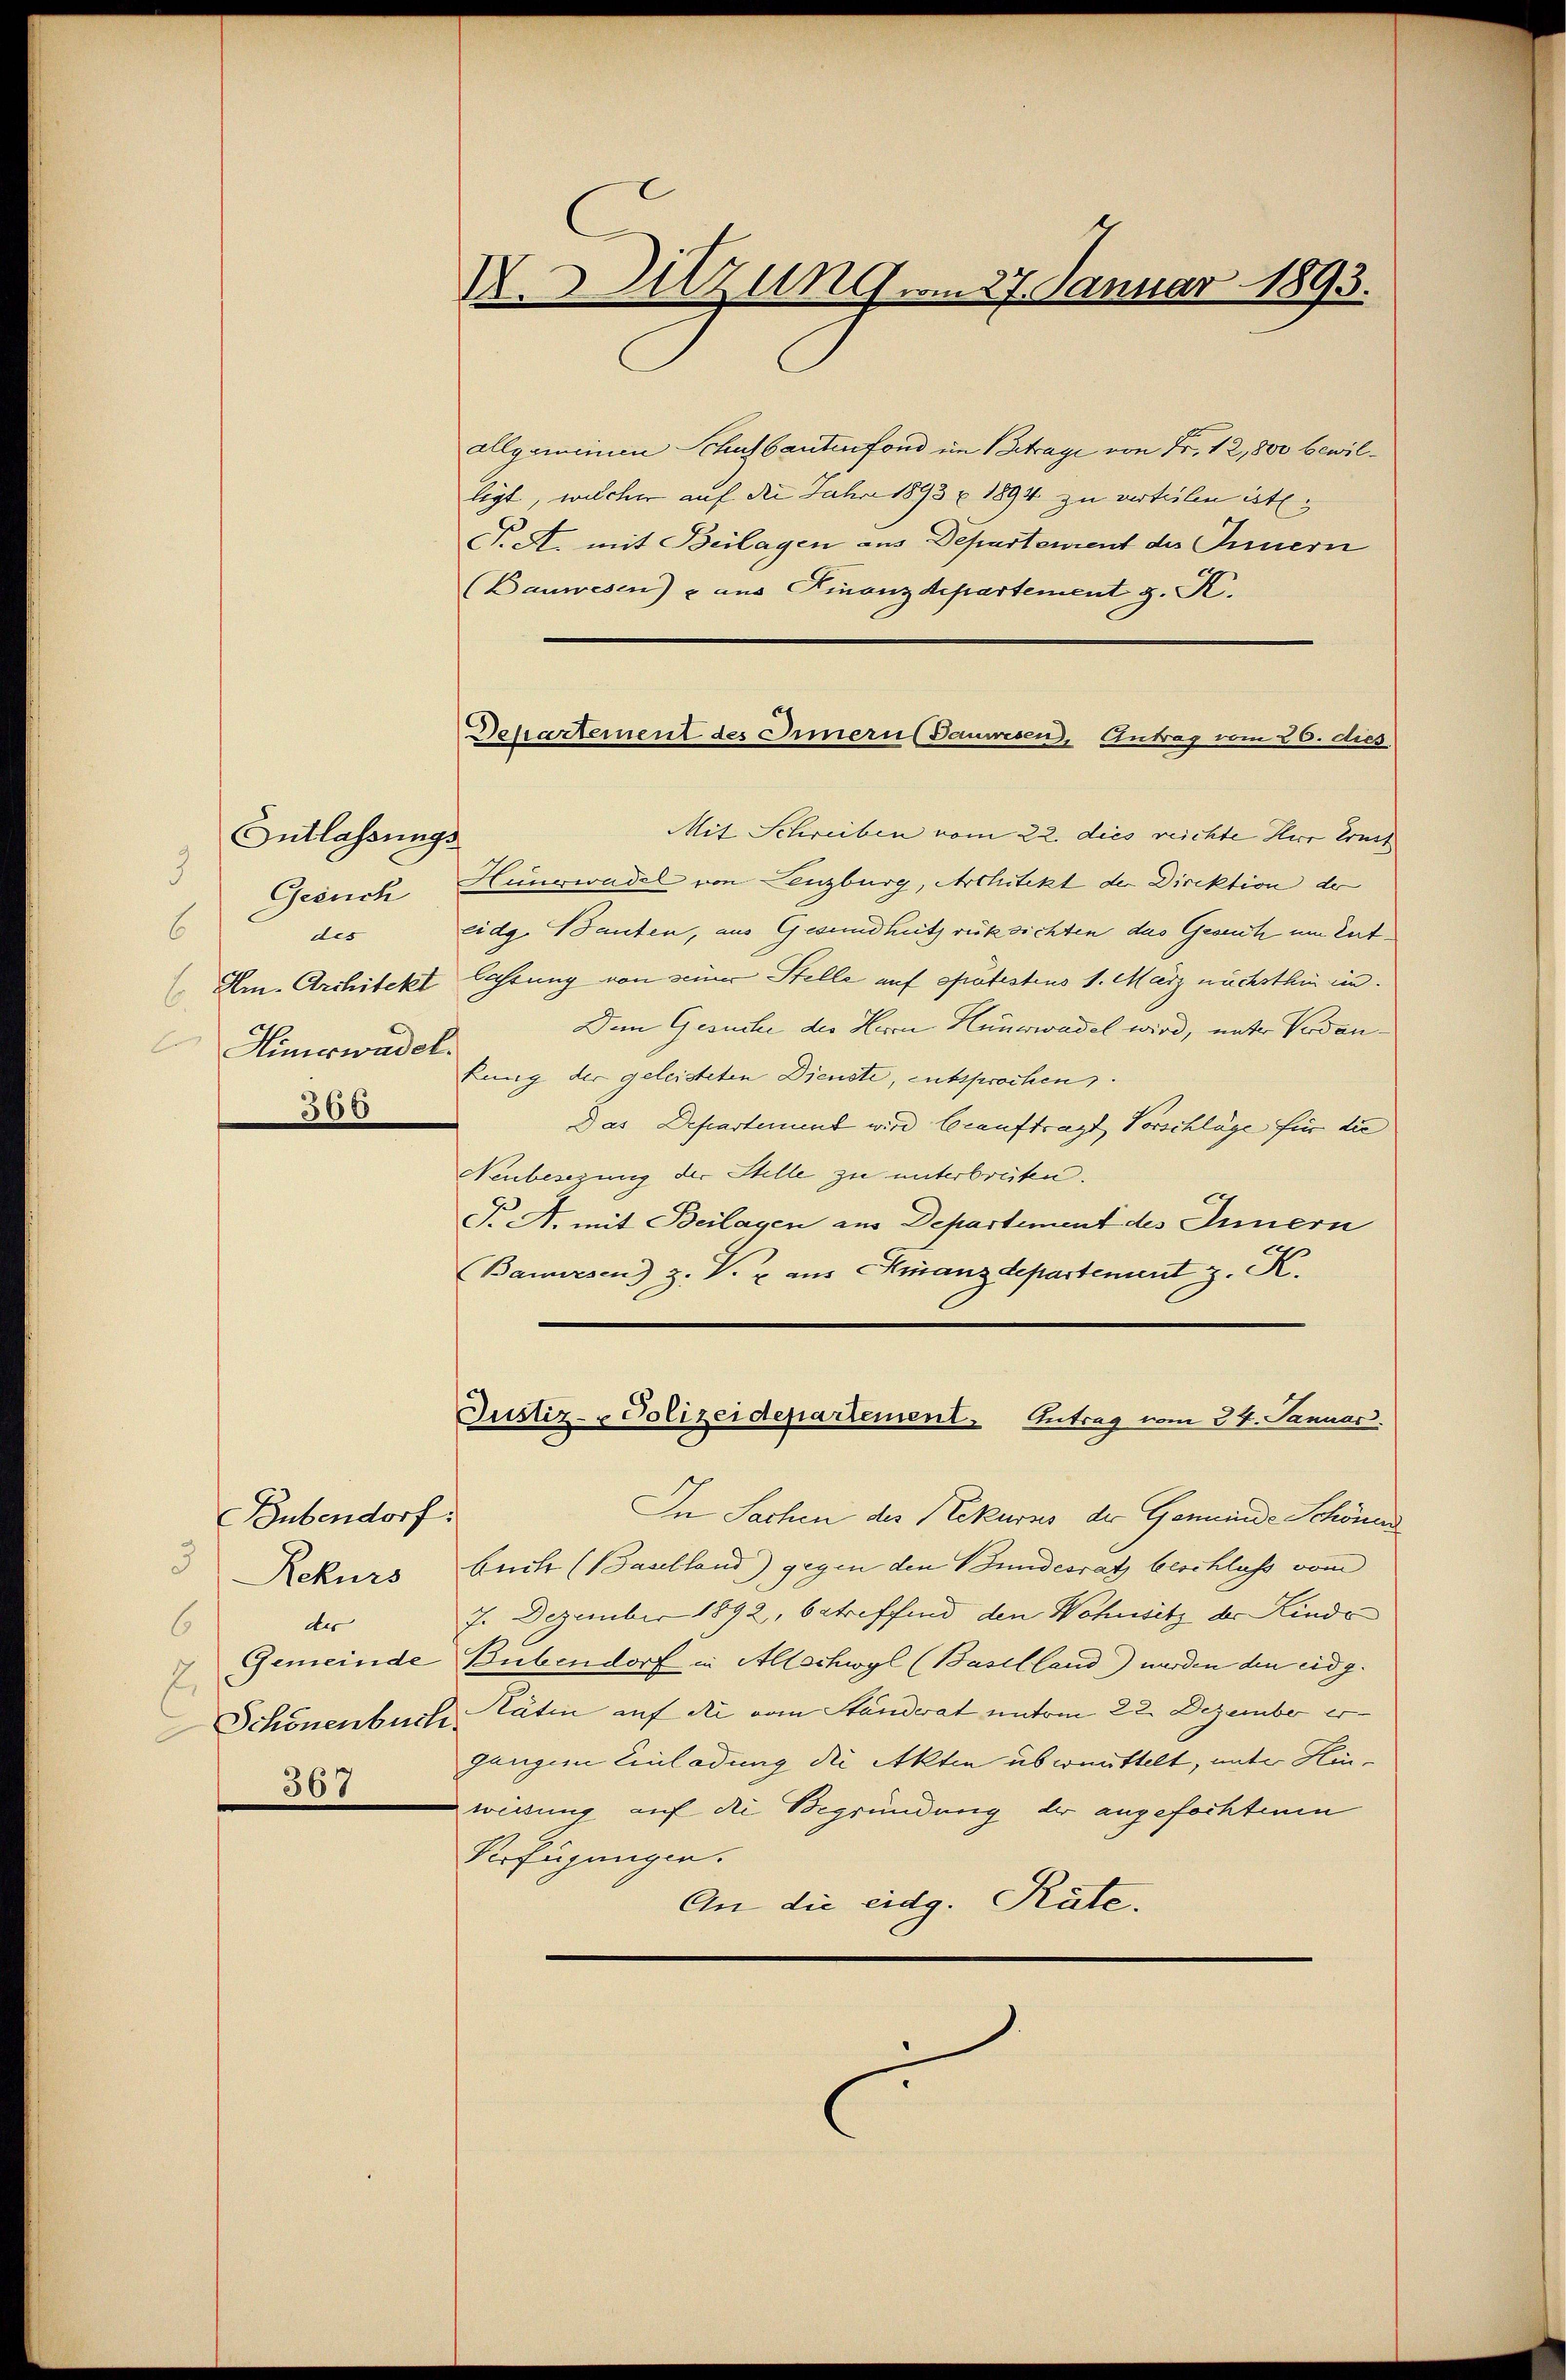
3
Gesuch
6
des
b.
Himowadel.
300

367

Entlassungs

Eubendorf.
3
Rekurs
der
6
Gemeinde
E.
Schönenbur

X.Sitzung vom 27. Januar 1893.

Departement des Innern Bauwesen, Antrag vom 20. dies,

allgemeinen Schulbautenfond im Betrage von Fr. 12,800 bewilligt, welcher auf die Jahre 1893 u 1894 zu verteilen ist.
T. A. mit Beilagen aus Departement des Innern
(Bauwesen) u. aus Finanzdepartement z. K.
Mit Schreiben vom 22. dies reichte Herr Ernst
Hunerwadel von Lenzburg, Architekt der Direktion der
eidg. Bauten, aus Gesundhutz rüksichten das Gesuch um Ent¬
Am. Architekt lassung von seiner Stelle auf spätestens 1. März nächsthin ein.
Den Gesuche der Herrn Hunewadel wird, unter Verdankung der geleisteten Dienste, entsprochen.
Das Departement wird beauftragt, Vorschläge für die
Neubesezung der Stelle zu unterbreiten.
T. A. mit Beilagen aus Departement des Innern
(Banwesen) z. V. u. aus Finanzdepartement z. K.
Justiz- & Polizeidepartement. Antrag vom 24. Januar.
In Sachen der Rekurs der Gemeinde Schönend
buch (Baselland) gegen den Bundesrath beschluss vom
7. Dezember 1892, betreffend den Wohnsitz der Kinde
Bubendorf in Allschwyl (Baselland) werden den eidg.
Kätin auf die vom Standerat unterm 22. Dezember er-
.
ganze Einladung die Akten übermittelt, unter Hinweisung auf die Begründung der angefochtenen
Krfügungen.
An die eidg. Rüte.